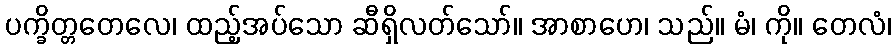
ပက္ခိတ္တတေလေ၊ ထည့်အပ်သော ဆီရှိလတ်သော်။ အာစာဟေ၊ သည်။ မံ၊ ကို။ တေလံ၊